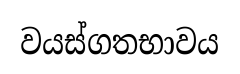
වයස්ගතභාවය